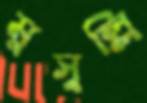
মুসুল্লি